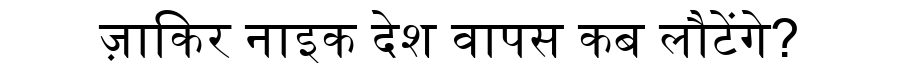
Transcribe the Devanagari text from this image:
ज़ाकिर नाइक देश वापस कब लौटेंगे?